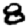
Digit: 8